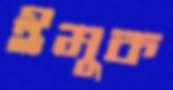
ইমুক